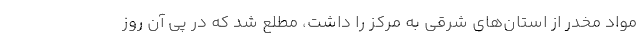
مواد مخدر از استان‌های شرقی به مرکز را داشت، مطلع شد که در پی آن روز